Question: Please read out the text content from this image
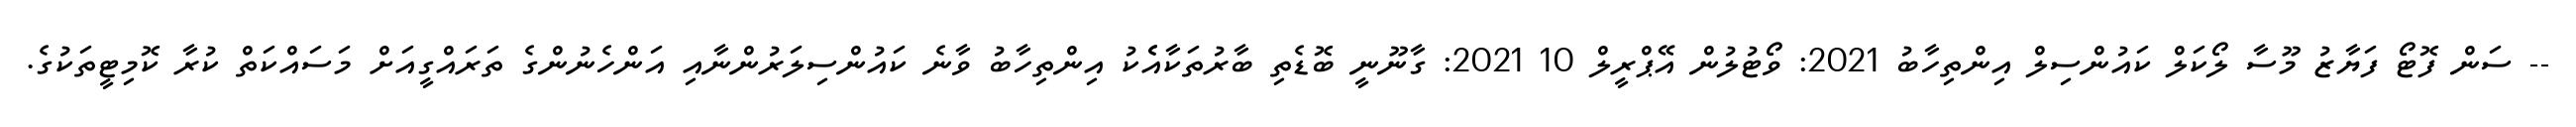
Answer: -- ސަން ފޮޓޯ ފަޔާޒު މޫސާ ލޯކަލް ކައުންސިލް އިންތިހާބު 2021: ވޯޓުލުން އޭޕްރީލް 10 2021: ގާނޫނީ ބޮޑެތި ބާރުތަކާއެެކު އިންތިހާބު ވާނެ ކައުންސިލަރުންނާއި އަންހެނުންގެ ތަރައްގީއަށް މަސައްކަތް ކުރާ ކޮމިޓީތަކުގެ.